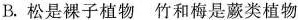
B.松是裸子植物 竹和梅是蕨类植物